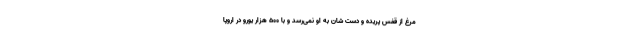
مرغ از قفس پریده و دست شان به او نمی‌رسد و با 500 هزار یورو در اروپا